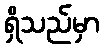
ရှိသည်မှာ